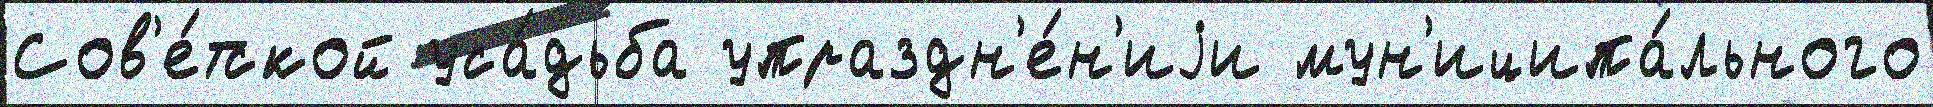
Сов'е́тской уса́дьба упраздн'е́н'иjи мун'иципа́льного